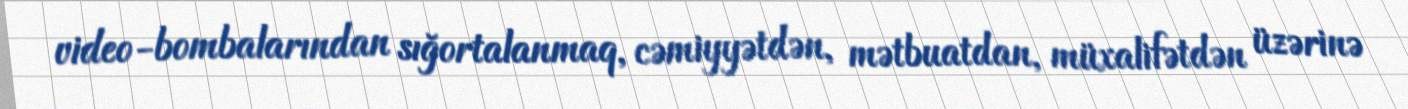
video-bombalarından sığortalanmaq, cəmiyyətdən, mətbuatdan, müxalifətdən üzərinə